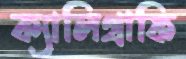
ক্যালিগ্রাফি